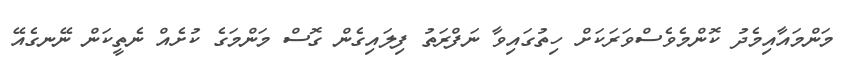
މަންމައާއިމެދު ކޮންމެވެސްވަރަކަށް ހިތުގައިވާ ނަފްރަތު ފިލައިގެން ގޮސް މަންމަގެ ކުށެއް ނެތީކަން ނޭނގެއޭ